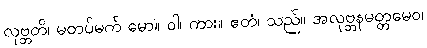
လုဗ္ဘတိ၊ မတပ်မက် မော။ ဝါ၊ ကား။ ဧတံ၊ သည်။ အလုဗ္ဘနမတ္တမေဝ၊